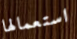
استعمالها